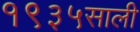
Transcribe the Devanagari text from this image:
१९३५साली